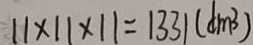
1 1 \times 1 1 \times 1 1 = 1 3 3 1 ( d m ^ { 3 } )